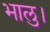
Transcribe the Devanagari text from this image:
भालु।